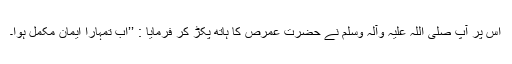
اس پر آپ صلی اللہ علیہ وآلہ وسلم نے حضرت عمرص کا ہاتھ پکڑ کر فرمایا : ’’اب تمہارا ایمان مکمل ہوا۔